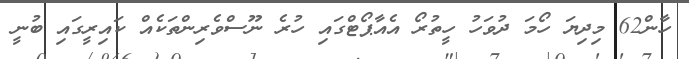
ހާން62 މިދިޔަ ހޯމަ ދުވަހު ހީތުރޯ އެއާޕޯޓްގައި ހުރެ ނޫސްވެެރިންތަކެެއް ކައިރީގައި ބުނީ